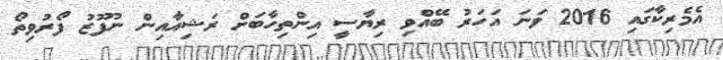
އެމެރިކާގައި 2016 ވަނަ އަހަރު ބޭއްވި ރިޔާސީ އިންތިހާބަށް ރަޝިއާއިން ނުފޫޒު ފޯރުވިތޯ